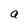
Character: a